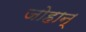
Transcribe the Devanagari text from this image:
जोहान्